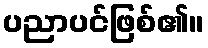
ပညာပင်ဖြစ်၏။